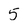
Character: 5